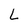
Character: L